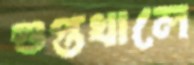
গুপ্তখালে